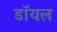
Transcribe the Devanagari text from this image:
डाॅयल